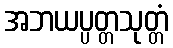
အဘယပ္ပတ္တသုတ္တံ